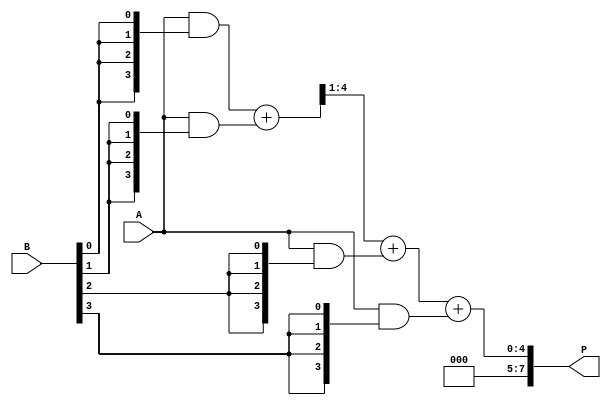
module wallace_tree_multiplier (
    input [3:0] A, // 4-bit input A
    input [3:0] B, // 4-bit input B
    output [7:0] P // 8-bit output product
);
    
    wire [3:0] pp [3:0]; // Partial products

    // Partial Product Generation
    assign pp[0] = A & {4{B[0]}};
    assign pp[1] = A & {4{B[1]}};
    assign pp[2] = A & {4{B[2]}};
    assign pp[3] = A & {4{B[3]}};

    // Stage 1 Reduction (Using Full Adders and Half Adders)
    wire [4:0] S1_1, C1_1; // Sum & Carry for first stage
    wire [3:0] S1_2, C1_2;
    
    // First group (pp[0], pp[1], pp[2])
    wire [3:0] pp0 = pp[0];
    wire [3:0] pp1 = pp[1];
    wire [3:0] pp2 = pp[2];

    // Full Adders for the first partial products
    assign S1_1 = pp0 + pp1; // Sum of first two
    assign C1_1 = S1_1[4]; // Carry out from the sum

    assign S1_2 = {C1_1, S1_1[3:1]} + pp2; // Add carry and third partial product
    
    // Stage 2 Reduction (Final Addition)
    wire [7:0] final_sum;
    wire final_carry;
    
    // Remaining Partial Product and Result of Stage 1
    wire [3:0] S2 = S1_2; // S2 is the output of stage 1
    wire [3:0] pp3 = pp[3];

    // Final Addition: S2 + pp[3]
    assign {final_carry, final_sum} = S2 + pp3;

    // Output Product
    assign P = final_sum; // Lower bits
    assign P[7] = final_carry; // Most significant bit is carry out if any

endmodule